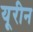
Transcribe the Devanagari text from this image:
यूरीन